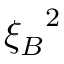
{ \xi _ { B } } ^ { 2 }